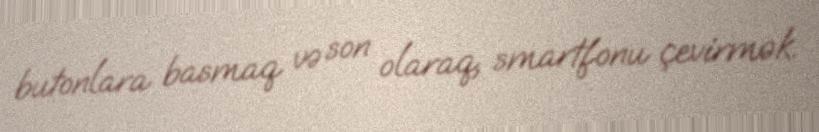
butonlara basmaq və son olaraq, smartfonu çevirmək.